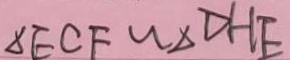
\Delta E C F \sim \Delta D H E